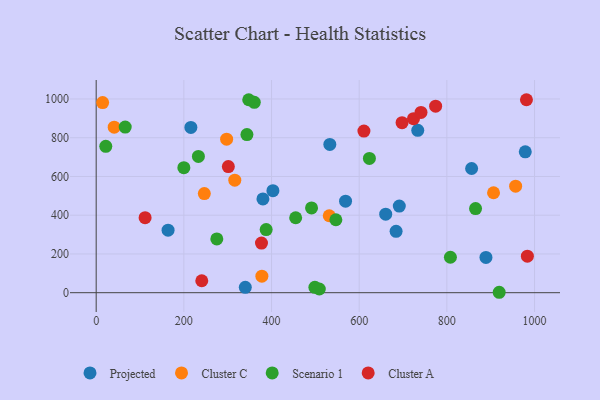
{"axis": {"x": "Ad Spend", "y": "Yield"}, "legend": ["Cluster A", "Cluster C", "Projected", "Scenario 1"], "data": [{"x": "164.0", "y": 322.8, "type": "Projected"}, {"x": "533.0", "y": 765.2, "type": "Projected"}, {"x": "889.2", "y": 182.0, "type": "Projected"}, {"x": "216.0", "y": 853.1, "type": "Projected"}, {"x": "340.2", "y": 27.8, "type": "Projected"}, {"x": "380.4", "y": 484.0, "type": "Projected"}, {"x": "684.2", "y": 316.9, "type": "Projected"}, {"x": "403.2", "y": 526.6, "type": "Projected"}, {"x": "733.6", "y": 838.1, "type": "Projected"}, {"x": "856.5", "y": 641.1, "type": "Projected"}, {"x": "691.5", "y": 447.1, "type": "Projected"}, {"x": "660.5", "y": 405.1, "type": "Projected"}, {"x": "568.9", "y": 472.4, "type": "Projected"}, {"x": "978.9", "y": 727.4, "type": "Projected"}, {"x": "246.7", "y": 511.9, "type": "Cluster C"}, {"x": "378.0", "y": 85.5, "type": "Cluster C"}, {"x": "956.9", "y": 549.8, "type": "Cluster C"}, {"x": "41.1", "y": 854.6, "type": "Cluster C"}, {"x": "531.7", "y": 397.2, "type": "Cluster C"}, {"x": "316.2", "y": 580.7, "type": "Cluster C"}, {"x": "906.5", "y": 515.9, "type": "Cluster C"}, {"x": "14.7", "y": 981.6, "type": "Cluster C"}, {"x": "297.6", "y": 792.6, "type": "Cluster C"}, {"x": "387.8", "y": 326.1, "type": "Scenario 1"}, {"x": "919.4", "y": 2.2, "type": "Scenario 1"}, {"x": "275.2", "y": 277.6, "type": "Scenario 1"}, {"x": "498.9", "y": 27.8, "type": "Scenario 1"}, {"x": "623.3", "y": 693.0, "type": "Scenario 1"}, {"x": "455.1", "y": 386.8, "type": "Scenario 1"}, {"x": "66.2", "y": 854.7, "type": "Scenario 1"}, {"x": "343.9", "y": 816.1, "type": "Scenario 1"}, {"x": "21.9", "y": 755.4, "type": "Scenario 1"}, {"x": "233.2", "y": 703.6, "type": "Scenario 1"}, {"x": "546.8", "y": 376.5, "type": "Scenario 1"}, {"x": "200.0", "y": 645.3, "type": "Scenario 1"}, {"x": "808.1", "y": 182.9, "type": "Scenario 1"}, {"x": "509.0", "y": 19.2, "type": "Scenario 1"}, {"x": "360.7", "y": 982.8, "type": "Scenario 1"}, {"x": "491.3", "y": 437.5, "type": "Scenario 1"}, {"x": "348.0", "y": 996.1, "type": "Scenario 1"}, {"x": "865.5", "y": 434.1, "type": "Scenario 1"}, {"x": "981.6", "y": 996.1, "type": "Cluster A"}, {"x": "610.8", "y": 834.3, "type": "Cluster A"}, {"x": "697.8", "y": 877.6, "type": "Cluster A"}, {"x": "983.7", "y": 188.7, "type": "Cluster A"}, {"x": "774.4", "y": 962.8, "type": "Cluster A"}, {"x": "240.9", "y": 61.6, "type": "Cluster A"}, {"x": "301.5", "y": 650.9, "type": "Cluster A"}, {"x": "723.9", "y": 898.4, "type": "Cluster A"}, {"x": "741.0", "y": 930.7, "type": "Cluster A"}, {"x": "111.6", "y": 387.2, "type": "Cluster A"}, {"x": "377.1", "y": 256.3, "type": "Cluster A"}]}